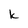
Character: K